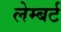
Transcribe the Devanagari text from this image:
लेम्‍बर्ट